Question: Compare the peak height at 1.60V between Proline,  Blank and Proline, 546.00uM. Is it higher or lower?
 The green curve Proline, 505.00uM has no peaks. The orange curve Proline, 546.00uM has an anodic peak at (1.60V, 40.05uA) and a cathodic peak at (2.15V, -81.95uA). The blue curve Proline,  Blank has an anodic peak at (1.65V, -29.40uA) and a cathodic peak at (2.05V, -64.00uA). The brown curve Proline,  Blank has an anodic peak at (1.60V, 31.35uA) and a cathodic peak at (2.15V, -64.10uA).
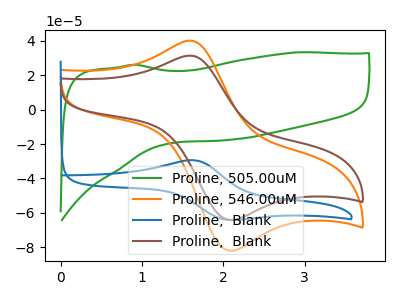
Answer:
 <answer>The peak at 1.60V is lower in "Proline,  Blank" than in "Proline, 546.00uM".</answer>
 <eval>lower</eval>